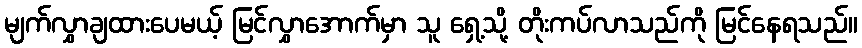
မျက်လွှာချထားပေမယ့် မြင်လွှာအောက်မှာ သူ ရှေ့သို့ တိုးကပ်လာသည်ကို မြင်နေရသည်။